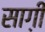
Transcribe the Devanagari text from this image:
साग़ी